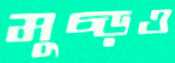
মুচ্‌ড়ও